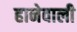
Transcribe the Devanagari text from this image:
हानेवाली